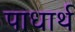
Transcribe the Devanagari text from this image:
पाधार्थ